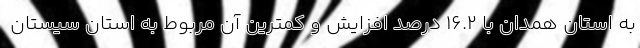
به استان همدان با 16.2 درصد افزایش و کمترین آن مربوط به استان سیستان